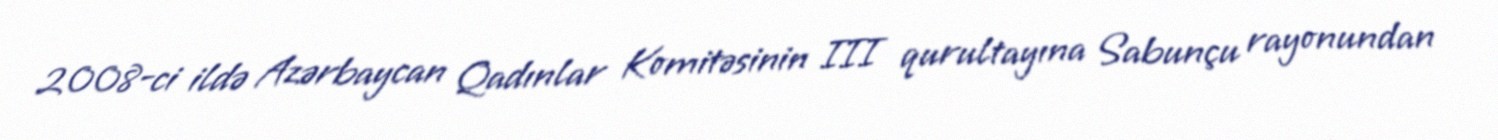
2008-ci ildə Azərbaycan Qadınlar Komitəsinin III qurultayına Sabunçu rayonundan